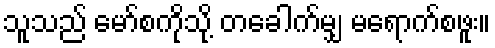
သူသည် မော်စကိုသို့ တခေါက်မျှ မရောက်စဖူး။